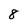
Character: 8